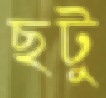
ছটু